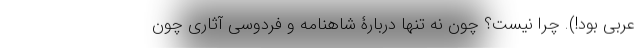
عربی بود!). چرا نیست؟ چون نه تنها دربارۀ شاهنامه و فردوسی آثاری چون